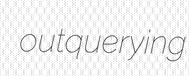
outquerying